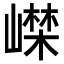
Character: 𡼨